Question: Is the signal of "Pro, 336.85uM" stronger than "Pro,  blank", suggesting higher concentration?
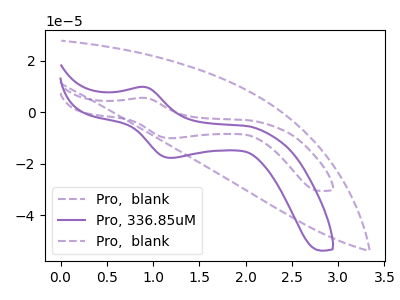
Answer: <think>The purple dashed curve "Pro,  blank" has an anodic peak at (0.90V, 5.60uA) and a cathodic peak at (1.20V, -10.05uA). The purple curve "Pro, 336.85uM" has an anodic peak at (0.90V, 9.85uA) and a cathodic peak at (1.20V, -17.65uA). The purple dashed curve "Pro,  blank" has no peaks.
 All the peaks in "Pro, 336.85uM" have a peak in "Pro,  blank" at the same potential. Every peak in "Pro, 336.85uM" is higher than every peak in "Pro,  blank".</think>
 <answer>"Pro, 336.85uM" has more signal than "Pro,  blank" and so likely has a higher concentration.</answer>
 <eval>more_concentration</eval>